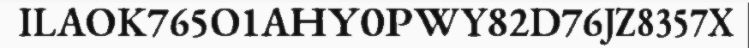
ILAOK765O1AHY0PWY82D76JZ8357X